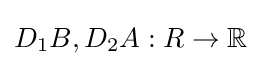
D_{1}B,D_{2}A:R\to \mathbb {R}